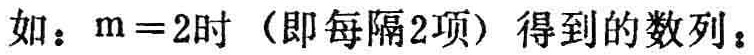
如：$m = 2$时（即每隔2项）得到的数列：